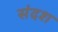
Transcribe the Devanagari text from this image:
संदश